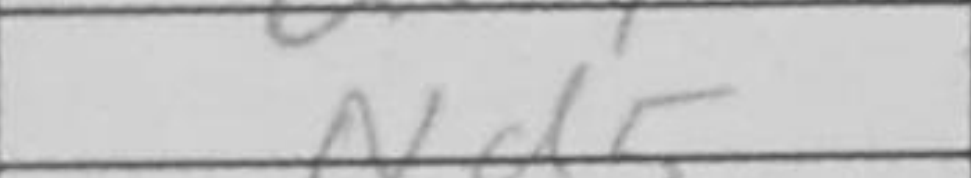
Transcription: Nd5